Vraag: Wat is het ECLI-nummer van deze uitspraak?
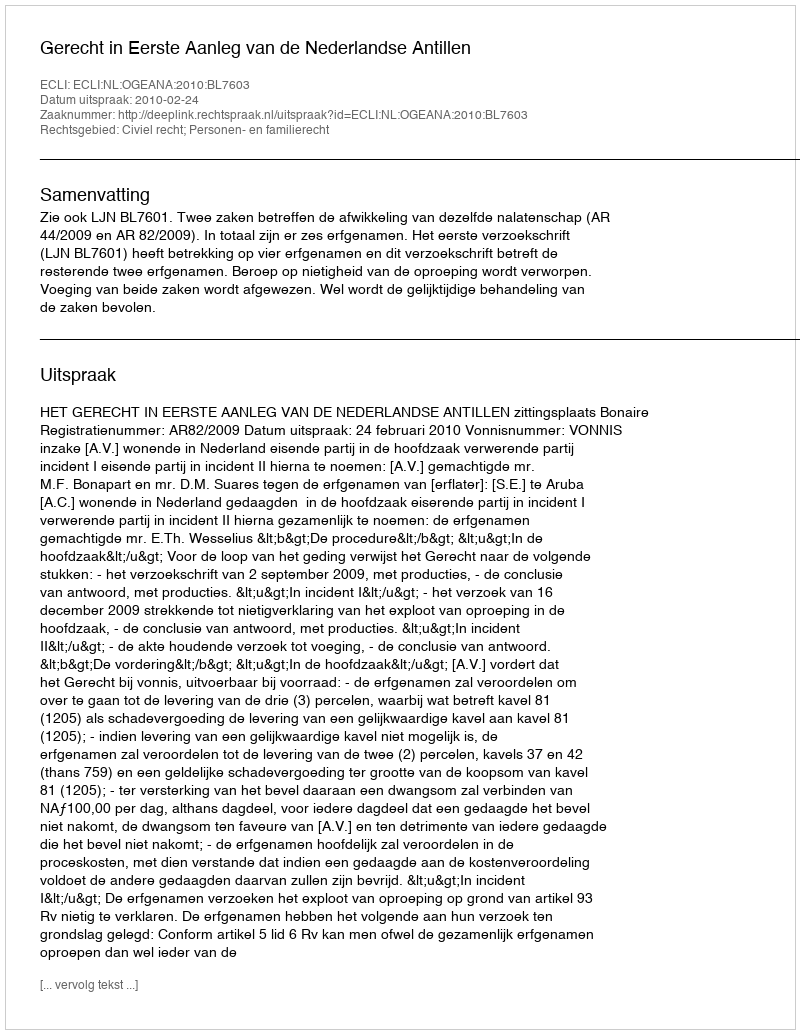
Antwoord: ECLI:NL:OGEANA:2010:BL7603